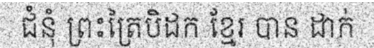
ជំនុំ ព្រះត្រៃបិដក ខ្មែរ បាន ដាក់